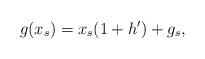
LaTeX: \begin{align*}g(x_s)=x_s(1+h')+g_s,\end{align*}